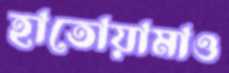
হাতোয়ামাও